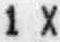
1 X